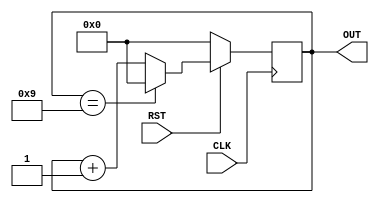
module MNC_design #(
    parameter N = 10,
    parameter W = 4
)(
    input CLK, RST,
    output reg [W - 1:0] OUT
);

    always @ (posedge CLK) begin
        if (!RST) begin
            OUT <= 0;
        end else begin
            if (OUT == N - 1)
                OUT <= 0;
            else
                OUT <= OUT + 1;
        end
    end

endmodule